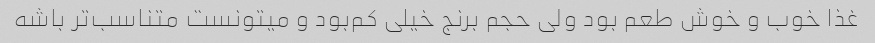
غذا خوب و خوش طعم بود ولی حجم برنج خیلی کم‌بود و میتونست متناسب‌تر باشه